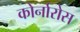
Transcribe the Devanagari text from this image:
कोर्नारोस